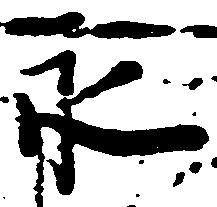
永